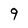
Character: 9